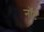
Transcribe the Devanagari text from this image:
नॉर्ट